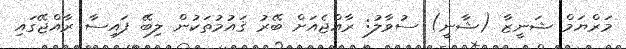
މަރްޔަމް ޝަނީޒާ (ޝާނީ) ސުވާލު: ރާއްޖެއަށް ބޭރު ޤައުމުތަކުން ލިބޭ ފައިސާ ރާއްޖޭގައި